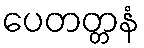
ပေတတ္တနံ